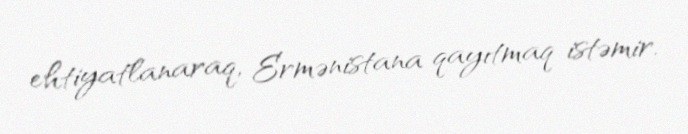
ehtiyatlanaraq, Ermənistana qayıtmaq istəmir.